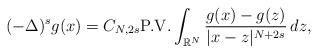
LaTeX: \begin{align*}(-\Delta)^{s} g(x)= C_{N,2s }\mbox{P.V.}\int_{\mathbb{R}^N} \frac{g(x)-g(z)}{|x-z|^{N+{2s}}}\,dz,\end{align*}